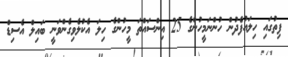
ފިތުގައި ހިލައުފެދުން ހުންނަމީހުންގެ 25 އިންސައްތަ މީހުންގެ ހިލަ އެކުލެވިގެންވަނީ ބައިލް އެސިޑް